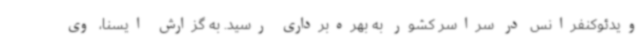
ویدئوکنفرانس در سراسر کشور به بهره‌برداری رسید. به گزارش ایسنا، وی